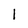
Character: l